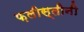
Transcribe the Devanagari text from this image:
फ़लीस्तीनी